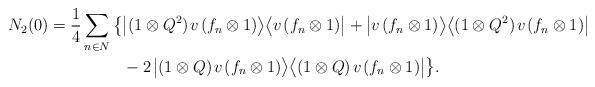
LaTeX: \begin{align*}N_2(0)=\frac14\sum_{n\in N}\big\{&\big|(1\otimes Q^2)\;\!v\;\!(f_n\otimes1)\big\rangle\big\langle v\;\!(f_n\otimes1)\big|+\big|v\;\!(f_n\otimes1)\big\rangle\big\langle(1\otimes Q^2)\;\!v\;\!(f_n\otimes1)\big|\\&-2\;\!\big|(1\otimes Q)\;\!v\;\!(f_n\otimes1)\big\rangle\big\langle(1\otimes Q)\;\!v\;\!(f_n\otimes1)\big|\big\}.\end{align*}